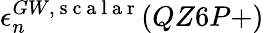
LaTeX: \epsilon_{n}^{GW,\mathrm{~s~c~a~l~a~r~}}(QZ6P+)